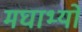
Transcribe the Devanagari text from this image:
मघाभ्यो